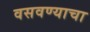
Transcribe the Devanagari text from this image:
वसवण्याचा